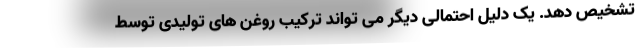
تشخیص دهد. یک دلیل احتمالی دیگر می تواند ترکیب روغن های تولیدی توسط